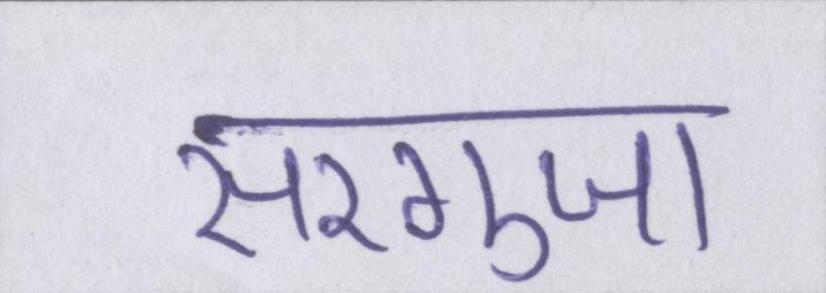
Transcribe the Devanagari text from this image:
सरगुजा